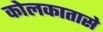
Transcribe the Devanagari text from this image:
कोलकातासे